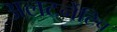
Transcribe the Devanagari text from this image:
अलटर्नेटिव